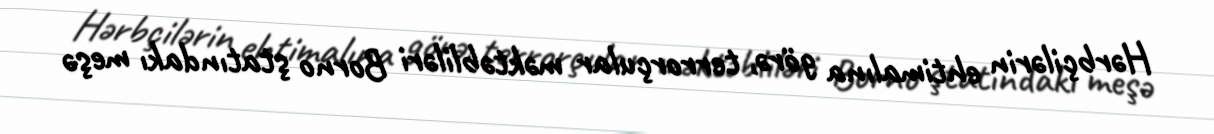
Hərbçilərin ehtimalına görə, terrorçular məktəbliləri Borno ştatındakı meşə